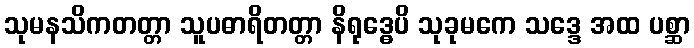
သုမနသိကတတ္တာ သူပဓာရိတတ္တာ နိရုဒ္ဓေပိ သုခုမကေ သဒ္ဒေ အထ ပစ္ဆာ